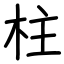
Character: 柱